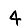
Digit: 4